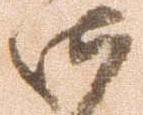
御